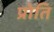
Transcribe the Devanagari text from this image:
प्रोति